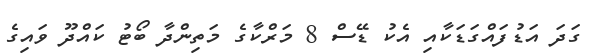
ގަދަ އަޑުފައްގަޑަކާއި އެކު ޑޭސް 8 މަރްކާގެ މަތިންދާ ބޯޓު ކައްދޫ ވައިގެ